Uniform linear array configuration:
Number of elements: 32
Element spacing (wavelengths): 1
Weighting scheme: blackman
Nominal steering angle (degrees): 15
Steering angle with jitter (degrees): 16.995
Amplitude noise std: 0.05
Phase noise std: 0.05

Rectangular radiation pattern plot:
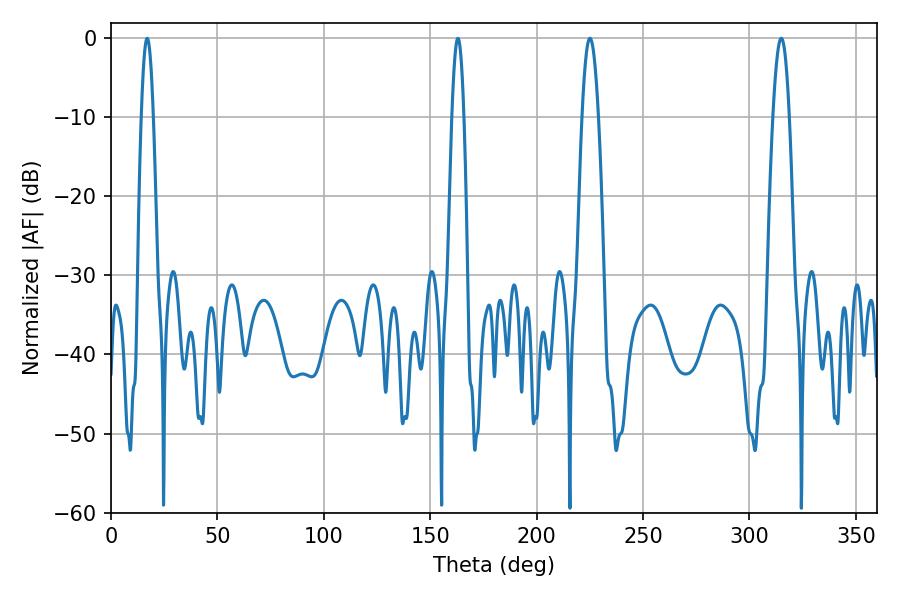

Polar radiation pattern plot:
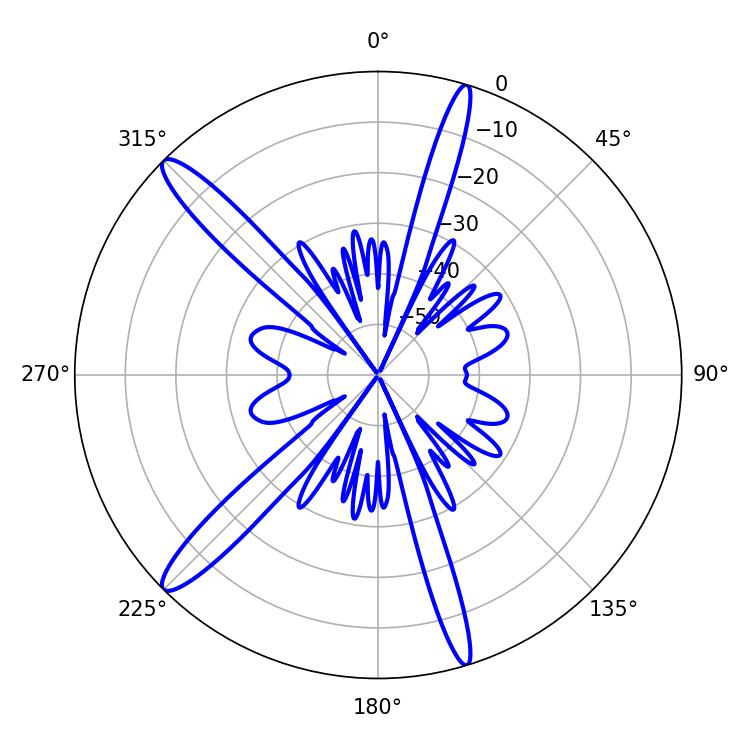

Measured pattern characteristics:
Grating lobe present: TRUE
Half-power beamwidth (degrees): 4.14
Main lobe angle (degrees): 225